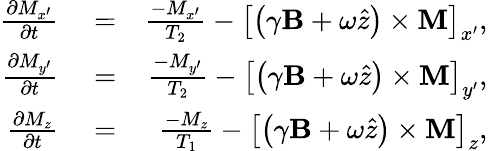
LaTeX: \begin{array}{rlr}{\frac{\partial M_{x^{\prime}}}{\partial t}}&{{}=}&{\frac{-M_{x^{\prime}}}{T_{2}}-\left[\left(\gamma\textbf{B}+\omega\hat{z}\right)\times\textbf{M}\right]_{x^{\prime}},}\\ {\frac{\partial M_{y^{\prime}}}{\partial t}}&{{}=}&{\frac{-M_{y^{\prime}}}{T_{2}}-\left[\left(\gamma\textbf{B}+\omega\hat{z}\right)\times\textbf{M}\right]_{y^{\prime}},}\\ {\frac{\partial M_{z}}{\partial t}}&{{}=}&{\frac{-M_{z}}{T_{1}}-\left[\left(\gamma\textbf{B}+\omega\hat{z}\right)\times\textbf{M}\right]_{z},}\end{array}